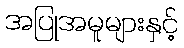
အပြုအမူများနှင့်